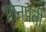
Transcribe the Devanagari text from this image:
प्रानपती